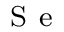
_ \mathrm { ~ S ~ e ~ }